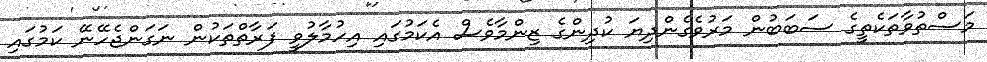
މަސްތުވާތަކެތީގެ ސަބަބުން މަރުވެގެންދިޔަ ކުދިންގެ ޒިންމާވެސް އެކަމުގައި އިހުމާލުވީ ފަރާތްތަކުން ނަގަންޖެހޭނޭ ކަމުގައި